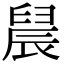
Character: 䢅